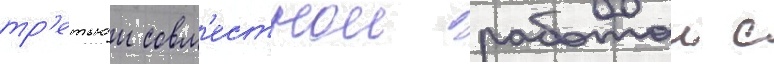
тр'етьеи совм'естнои работои с